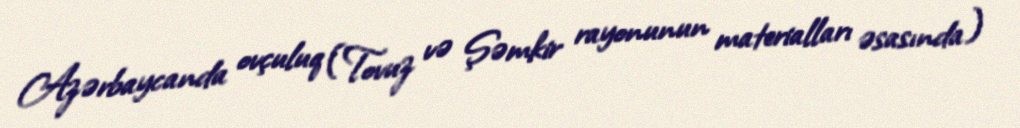
Azərbaycanda ovçuluq (Tovuz və Şəmkir rayonunun materialları əsasında)